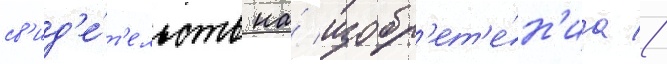
св'ид'е́т'ельств на́ изобр'ет'е́н'иа //